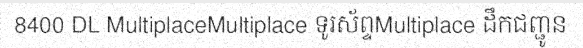
8400 DL MultiplaceMultiplace ទូរស័ព្ទMultiplace ដឹកជញ្ជូន